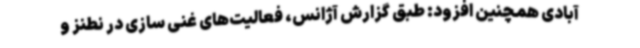
آبادی همچنین افزود: طبق گزارش آژانس، فعالیت‌های غنی سازی در نطنز و